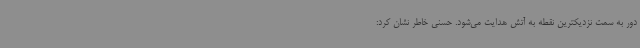
دور به سمت نزدیکترین نقطه به آتش هدایت می‌شود. حسنی خاطر نشان کرد: